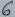
Text: 6